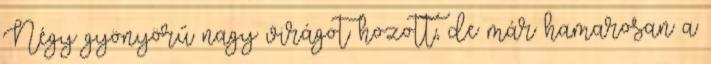
Négy gyönyörű nagy virágot hozott, de már hamarosan a